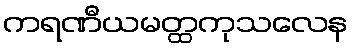
ကရဏီယမတ္ထကုသလေန